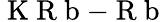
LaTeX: \mathrm{~K~R~b~}{-}\mathrm{~R~b~}